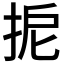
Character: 𢬉